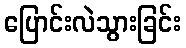
ပြောင်းလဲသွားခြင်း